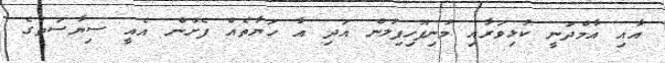
އާއި އާމްދަނީ ކުޅިވަރާއި މުނިފޫހިފިލުން އަދި އާ ހަޔާތެއް ފެށުން އެއީ ސިޔާސަތުގެ